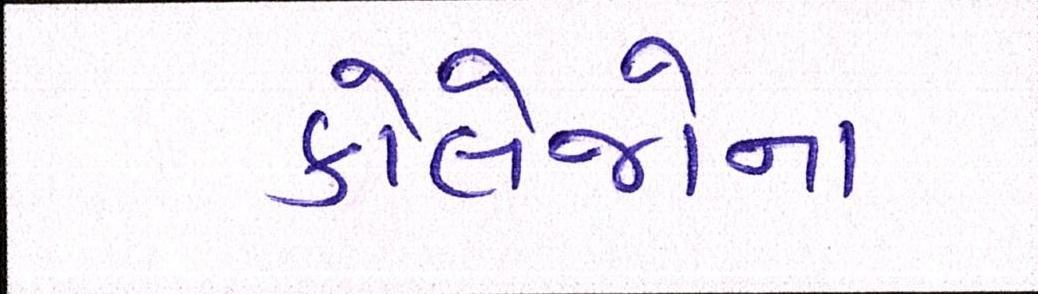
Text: કોલેજોના